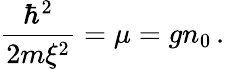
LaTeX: {\frac{\hbar^{2}}{2m\xi^{2}}}=\mu=gn_{0}\, .